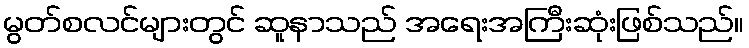
မွတ်စလင်များတွင် ဆူနာသည် အရေးအကြီးဆုံးဖြစ်သည်။